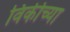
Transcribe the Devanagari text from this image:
विकीच्या